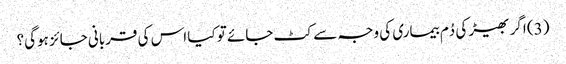
(3) اگر بھیڑ کی دُم بیماری کی وجہ سے کٹ جائے تو کیا اس کی قربانی جائز ہوگی؟